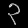
Digit: ၃